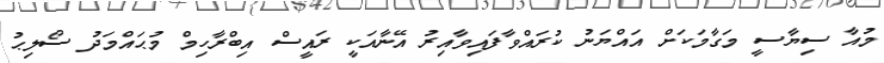
މުއާ ސިޔާސީ މަގާމަކަށް އައްޔަނު ކުރައްވާފައިވާއިރު އޭނާއަކީ ރައީސް އިބްރާހިމް މުޙައްމަދު ސޯލިޙު